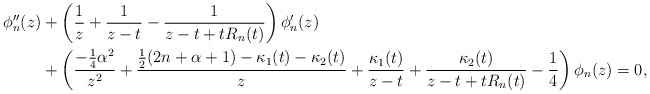
\begin{align*}\begin{aligned}\phi_{n}''(z)&+\left(\frac{1}{z}+\frac{1}{z-t}-\frac{1}{z-t+t R_n(t)}\right)\phi_{n}'(z)\\&+\left(\frac{-\frac{1}{4}\alpha^2}{z^2}+\frac{\frac{1}{2}(2n+\alpha+1)-\kappa_1(t)-\kappa_2(t)}{z}+\frac{\kappa_1(t)}{z-t}+\frac{\kappa_2(t)}{z-t+t R_n(t)}-\frac{1}{4}\right)\phi_{n}(z)=0,\end{aligned}\end{align*}